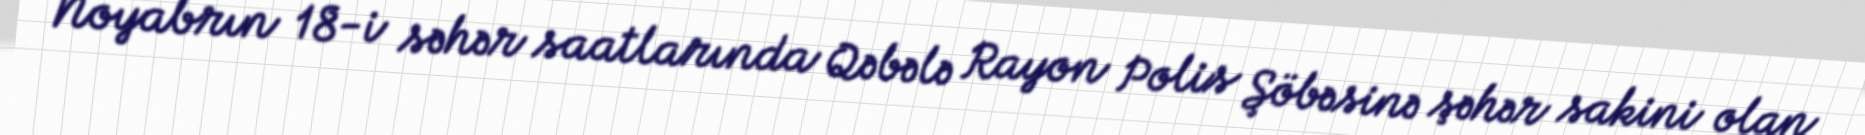
Noyabrın 18-i səhər saatlarında Qəbələ Rayon Polis Şöbəsinə şəhər sakini olan